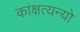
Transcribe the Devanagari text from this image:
कांक्षत्यन्यो